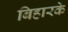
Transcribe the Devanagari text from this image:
बिहारके